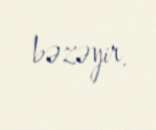
bəzəyir.